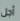
أجل